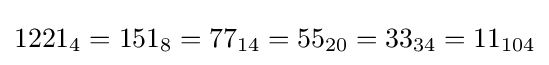
1221_{4}=151_{8}=77_{14}=55_{20}=33_{34}=11_{104}